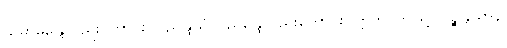
သမာဓိန္ဒြေလည်းကောင်း။ ပညိန္ဒြိယံ၊ ပညိန္ဒြေလည်းကောင်း။ ဣတိ၊ ဤသို့။ ပဉ္စိန္ဒြိယာနိ၊